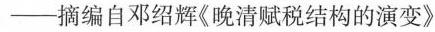
- 摘编自邓绍辉《晚清赋税结构的演变》